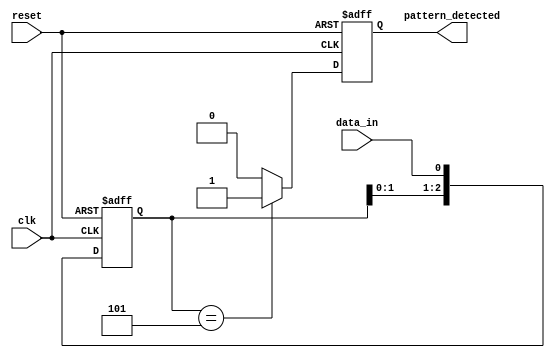
module pattern_detector (
    input wire clk,          // Clock signal
    input wire reset,        // Reset signal
    input wire data_in,      // Input data stream
    output reg pattern_detected // Output signal indicating pattern detection
);

// Parameters
parameter PATTERN_LENGTH = 3; // Length of the pattern to detect
parameter [PATTERN_LENGTH-1:0] PATTERN = 3'b101; // Example pattern to detect

// Flip-flops to store the state of the input data
reg [PATTERN_LENGTH-1:0] state;

// Sequential logic for flip-flops
always @(posedge clk or posedge reset) begin
    if (reset) begin
        state <= 0; // Clear state on reset
        pattern_detected <= 0; // Clear output on reset
    end else begin
        // Shift the input data into the state register
        state <= {state[PATTERN_LENGTH-2:0], data_in};

        // Check if the current state matches the pattern
        if (state == PATTERN) begin
            pattern_detected <= 1; // Pattern detected
        end else begin
            pattern_detected <= 0; // No pattern detected
        end
    end
end

endmodule